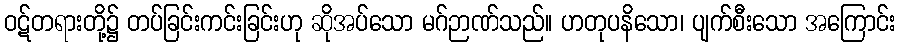
ဝဋ်တရားတို့၌ တပ်ခြင်းကင်းခြင်းဟု ဆိုအပ်သော မဂ်ဉာဏ်သည်။ ဟတုပနိသော၊ ပျက်စီးသော အကြောင်း